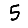
Digit: 5